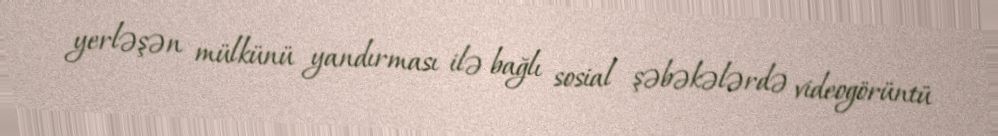
yerləşən mülkünü yandırması ilə bağlı sosial şəbəkələrdə videogörüntü